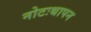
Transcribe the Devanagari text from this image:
नोटःथापन